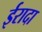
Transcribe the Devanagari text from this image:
ईरादा